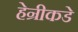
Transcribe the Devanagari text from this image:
हेन्रीकडे